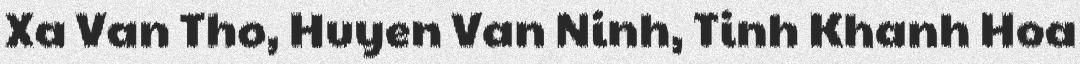
Xa Van Tho, Huyen Van Ninh, Tinh Khanh Hoa